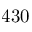
4 3 0